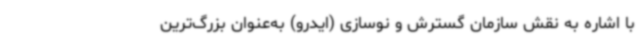
با اشاره به نقش سازمان گسترش و نوسازی (ایدرو) به‌عنوان بزرگ‌ترین